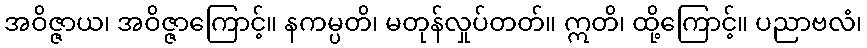
အဝိဇ္ဇာယ၊ အဝိဇ္ဇာကြောင့်။ နကမ္ပတိ၊ မတုန်လှုပ်တတ်။ ဣတိ၊ ထို့ကြောင့်။ ပညာဗလံ၊